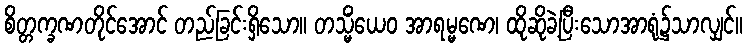
စိတ္တက္ခဏတိုင်အောင် တည်ခြင်းရှိသော။ တသ္မိံယေဝ အာရမ္မဏေ၊ ထိုဆိုခဲ့ပြီးသောအာရုံ၌သာလျှင်။